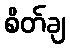
စိတ်ချ